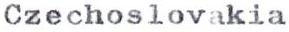
Czechoslovakia